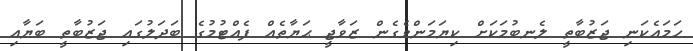
ހަމައެކަނި ޖަޒުބާތީ ލެނބުމަކަށް ކިޔަމަންވެގެން ޒަވާޖީ ޙަޔާތެއް ފެއްޓުމުގެ ބަދަލުގައި ޖަޒުބާތީ ބަޔާއި